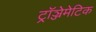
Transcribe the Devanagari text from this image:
ट्रॉञ्जेमेटिक